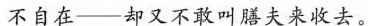
不自在——却又不敢叫膳夫来收去。